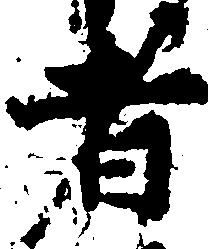
者